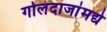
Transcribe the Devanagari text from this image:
गोलंदाजांमद्ये